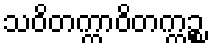
သဝိတက္ကာဝိတက္ကဉ္စ